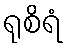
ရုစိရံ